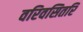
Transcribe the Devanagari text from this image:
वरिवसितरि